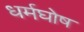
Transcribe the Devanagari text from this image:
धर्मघोष